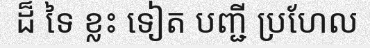
ដ៏ ទៃ ខ្លះ ទៀត បញ្ជី ប្រហែល